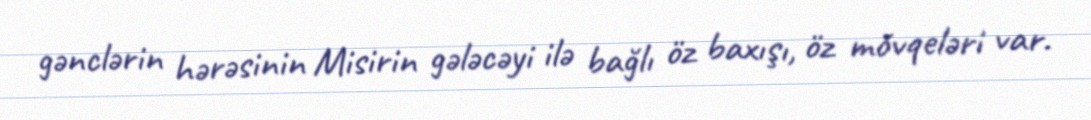
gənclərin hərəsinin Misirin gələcəyi ilə bağlı öz baxışı, öz mövqeləri var.